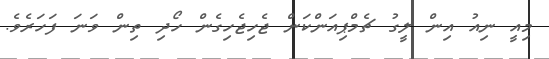
މިއީ ނިއު އިން ލީގު ޗެމްޕިއަންކަން ޖެހިޖެހިގެން ހޯދި ތިން ވަނަ ފަހަރެވެ.